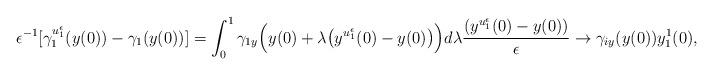
LaTeX: \begin{align*}\begin{aligned}\epsilon^{-1}[\gamma_1^{u_1^\epsilon}(y(0))-\gamma_1(y(0))]=\int_0^1\gamma_{1y}\Big(y(0)+\lambda\big(y^{u_1^\epsilon}(0)-y(0)\big)\Big)d\lambda\frac{(y^{u_1^\epsilon}(0)-y(0))}{\epsilon}\rightarrow\gamma_{iy}(y(0))y_1^1(0),\end{aligned}\end{align*}